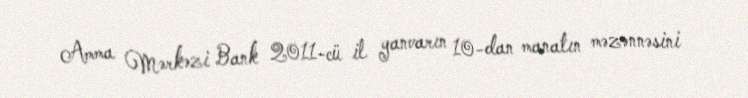
Amma Mərkəzi Bank 2011-cü il yanvarın 10-dan manatın məzənnəsini